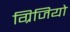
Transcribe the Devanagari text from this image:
ग्रिजियो